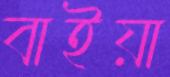
বাইয়া